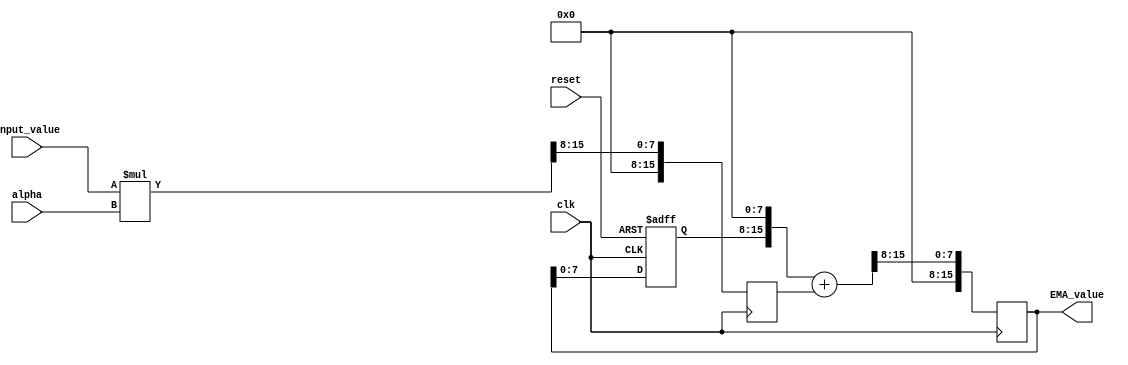
module EMA_accumulator (
  input wire clk,
  input wire reset,
  input wire [15:0] input_value,
  input wire [7:0] alpha,
  output reg [15:0] EMA_value
);

reg [15:0] previous_EMA;
reg [15:0] scaled_input;

always @(posedge clk or posedge reset) begin
  if (reset) begin
    previous_EMA <= 16'd0;
  end else begin
    previous_EMA <= EMA_value;
  end
end

always @(posedge clk) begin
  scaled_input <= (input_value * alpha) >> 8; // scaling input_value by 2^8
  EMA_value <= ((previous_EMA << 8) + scaled_input) >> 8; // calculating EMA
end

endmodule